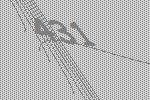
431